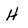
Character: H